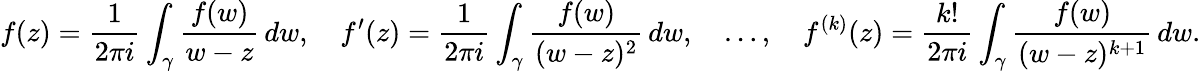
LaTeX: f(z)={\frac{1}{2\pi i}}\int_{\gamma}{\frac{f(w)}{w-z}}\, dw,\quad f^{\prime}(z)={\frac{1}{2\pi i}}\int_{\gamma}{\frac{f(w)}{(w-z)^{2}}}\, dw,\quad\ldots,\quad f^{(k)}(z)={\frac{k!}{2\pi i}}\int_{\gamma}{\frac{f(w)}{(w-z)^{k+1}}}\, dw.